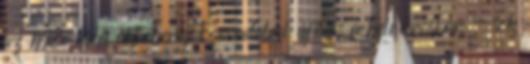
az M3-ason októberig Forradalmi újítás a belvárosban - sok